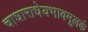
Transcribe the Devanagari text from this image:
चाधाराधेयभावमूलकं